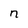
Character: n